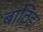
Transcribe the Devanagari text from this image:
बाठिंडा